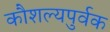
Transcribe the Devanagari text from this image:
कौशल्यपुर्वक